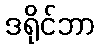
ဒရိုင်ဘာ